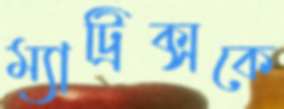
ম্যাট্রিক্সকে